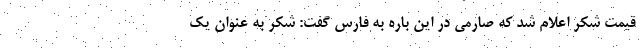
قیمت شکر اعلام شد که صارمی در این باره به فارس گفت: شکر به عنوان یک